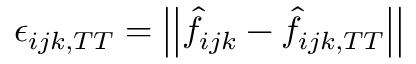
\epsilon _ { i j k , T T } = \left| \left| \hat { f } _ { i j k } - \hat { f } _ { i j k , T T } \right| \right|